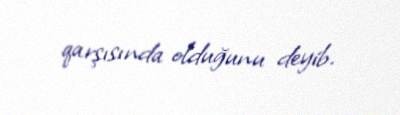
qarşısında olduğunu deyib.